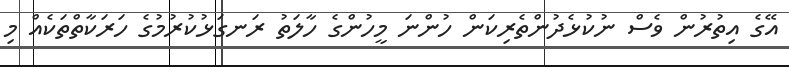
އޭގެ އިތުރުން ވެސް ނުކުޅެދުންތެރިކަން ހުންނަ މީހުންގެ ހާލަތު ރަނގަޅުކުރުމުގެ ހަރަކާތްތަކެއް މި